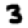
Digit: 3